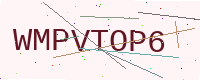
Text: WMPVTOP6